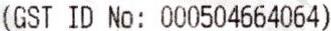
(GST ID NO: 000504664064)